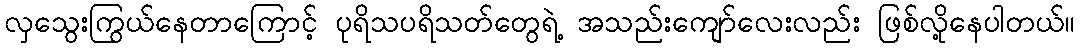
လှသွေးကြွယ်နေတာကြောင့် ပုရိသပရိသတ်တွေရဲ့ အသည်းကျော်လေးလည်း ဖြစ်လို့နေပါတယ်။